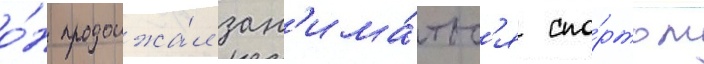
о́н продолжа́л зан'има́тьс'я спо́ртом